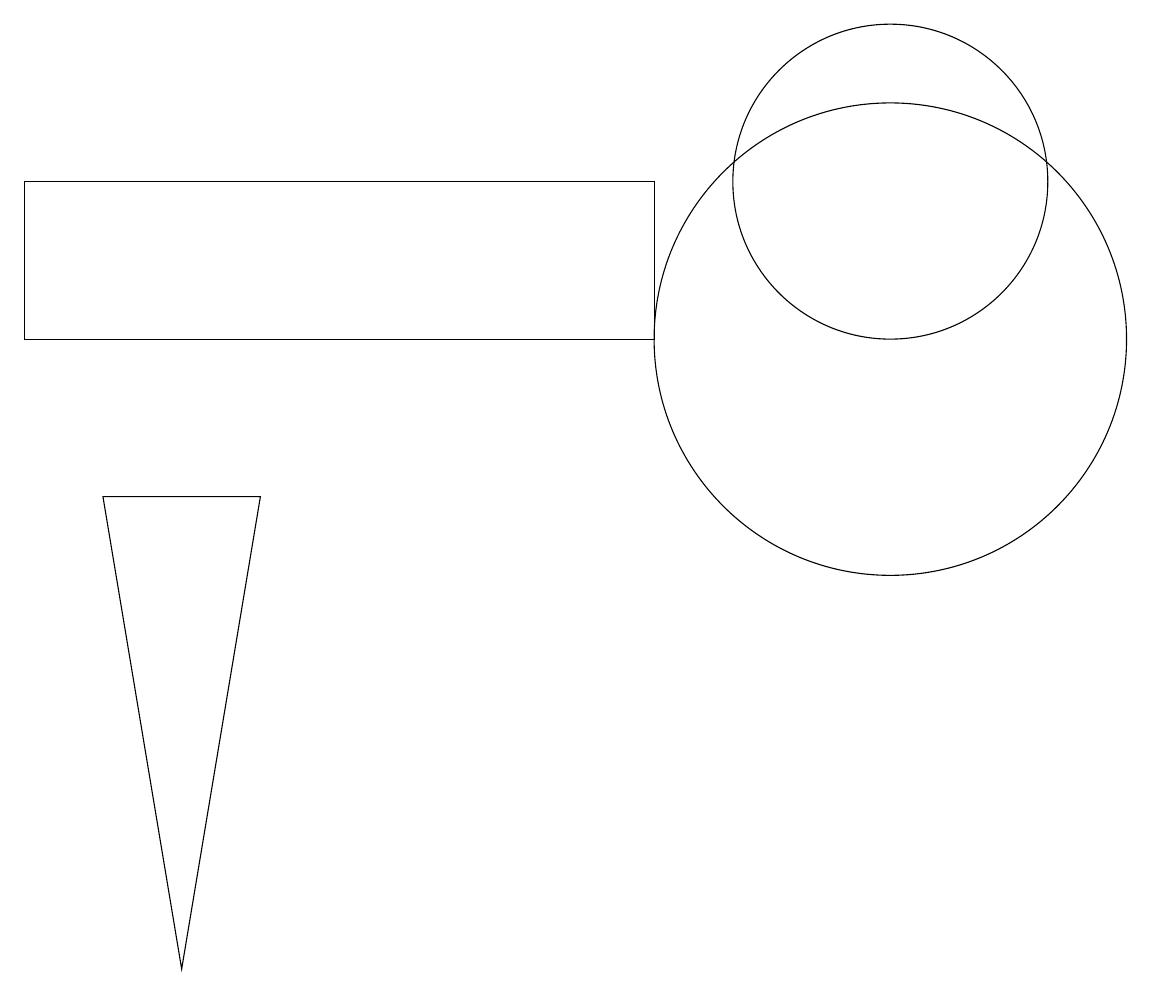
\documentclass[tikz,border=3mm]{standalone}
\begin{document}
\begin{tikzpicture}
\draw (1,8) -- (2,2) -- (3,8) -- cycle;
\draw (11,10) circle (3);
\draw (11,12) circle (2);
\draw (8,10) rectangle (0,12);
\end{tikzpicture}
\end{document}